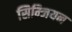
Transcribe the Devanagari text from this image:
सिम्जियन